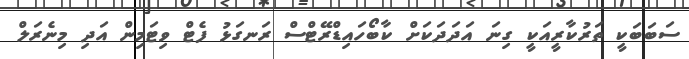
ސަބަބަކީ ތަރުކާރީއަކީ ގިނަ އަދަދަކަށް ކާބޯހައިޑްރޭޓްސް ރަނގަޅު ފެޓް ވިޓަމިން އަދި މިނެރަލް